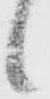
候